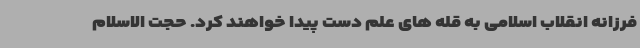
فرزانه انقلاب اسلامی به قله های علم دست پیدا خواهند کرد. حجت الاسلام